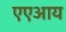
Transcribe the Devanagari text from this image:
एएआय